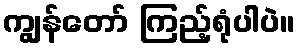
ကျွန်တော် ကြည့်ရုံပါပဲ။